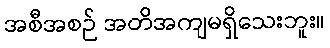
အစီအစဉ် အတိအကျမရှိသေးဘူး။